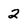
Character: 2